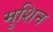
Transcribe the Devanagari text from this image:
मुशिन